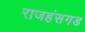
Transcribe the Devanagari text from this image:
राजहंसगड